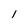
Character: l